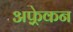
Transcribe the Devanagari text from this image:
अफ़्र्रेकन